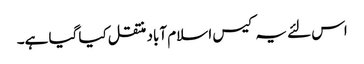
اس لئے یہ کیس ا سلام آباد منتقل کیا گیا ہے۔